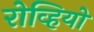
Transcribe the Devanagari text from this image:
रोव्हियो